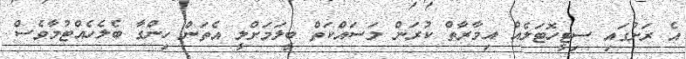
އެ ރަށުގައި ސިޓީހޮޓަލެއް އިމާރާތް ކުރަން މަސައްކަތް ބީލަމަށްލީ އެތަން ހިންގާ ބެލެހެއްޓުމާވެސް